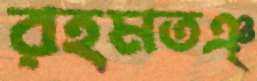
রহমতঞ্